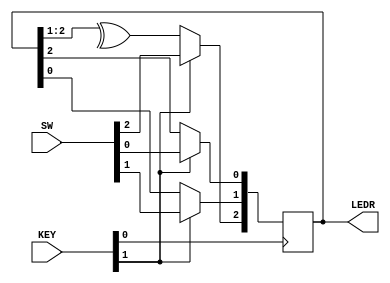
module top_module (
	input [2:0] SW,      // R
	input [1:0] KEY,     // L and clk
	output [2:0] LEDR);  // Q

	wire D0, D1, D2;
    
    assign D0 = KEY[1] ? SW[0] : LEDR[2]   ; 
    assign D1 = KEY[1] ? SW[1] : LEDR[0]   ; 
    assign D2 = KEY[1] ? SW[2] : ^LEDR[2:1]; 
    
    always @(posedge KEY[0])begin
        LEDR <= {D2,D1,D0}; 
    end
    
endmodule